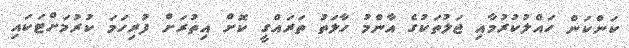
ކަންކަން ހައްލުކުރުމާއި ޖަލުތަކުގެ އާންމު ހާލަތު ތަރައްގީ ކޮށް އިތުރަށް ފުރިހަމަ ކުރުމަށްޓަކައި